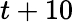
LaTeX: t+10